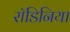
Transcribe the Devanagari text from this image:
रॉडिनिया